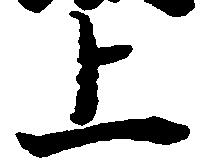
上